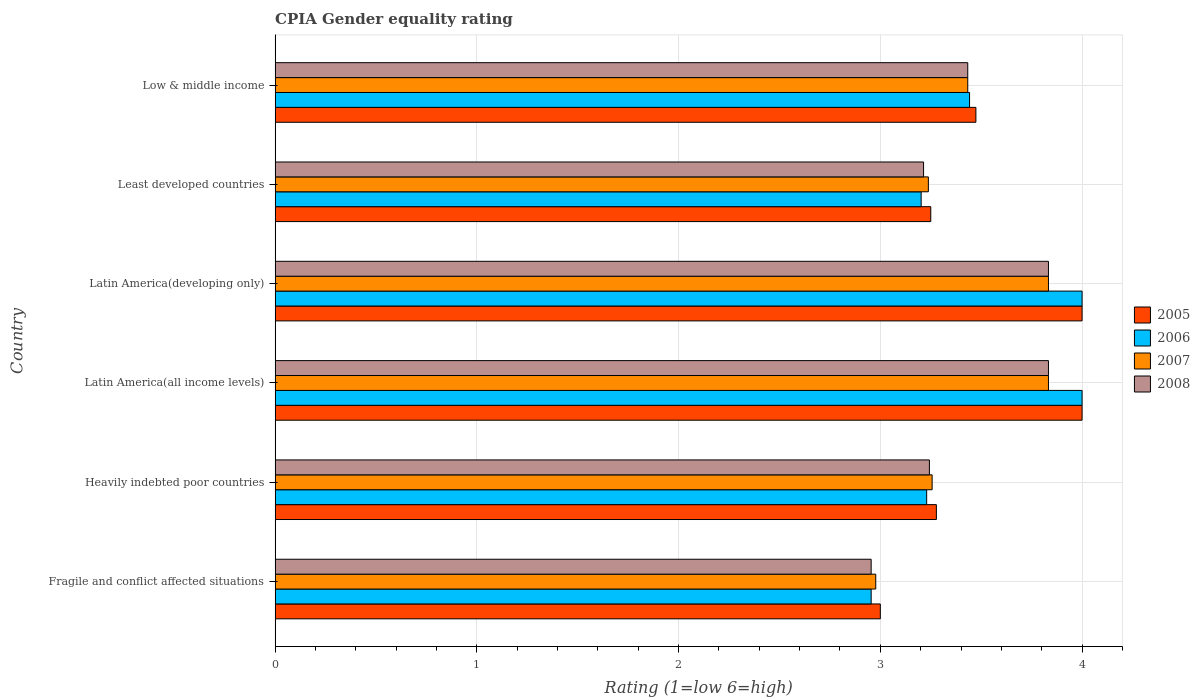
| Country | 2005 | 2006 | 2007 | 2008 |
 | --- | --- | --- | --- | --- |
 | Fragile and conflict affected situations | 3 | 2.95 | 2.98 | 2.95 |
 | Heavily indebted poor countries | 3.28 | 3.23 | 3.26 | 3.24 |
 | Latin America(all income levels) | 4 | 4 | 3.83 | 3.83 |
 | Latin America(developing only) | 4 | 4 | 3.83 | 3.83 |
 | Least developed countries | 3.25 | 3.2 | 3.24 | 3.21 |
 | Low & middle income | 3.47 | 3.44 | 3.43 | 3.43 |